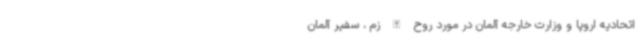
اتحادیه اروپا و وزارت خارجه آلمان در مورد روح الله زم ، سفیر آلمان